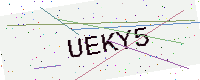
Text: UEKY5